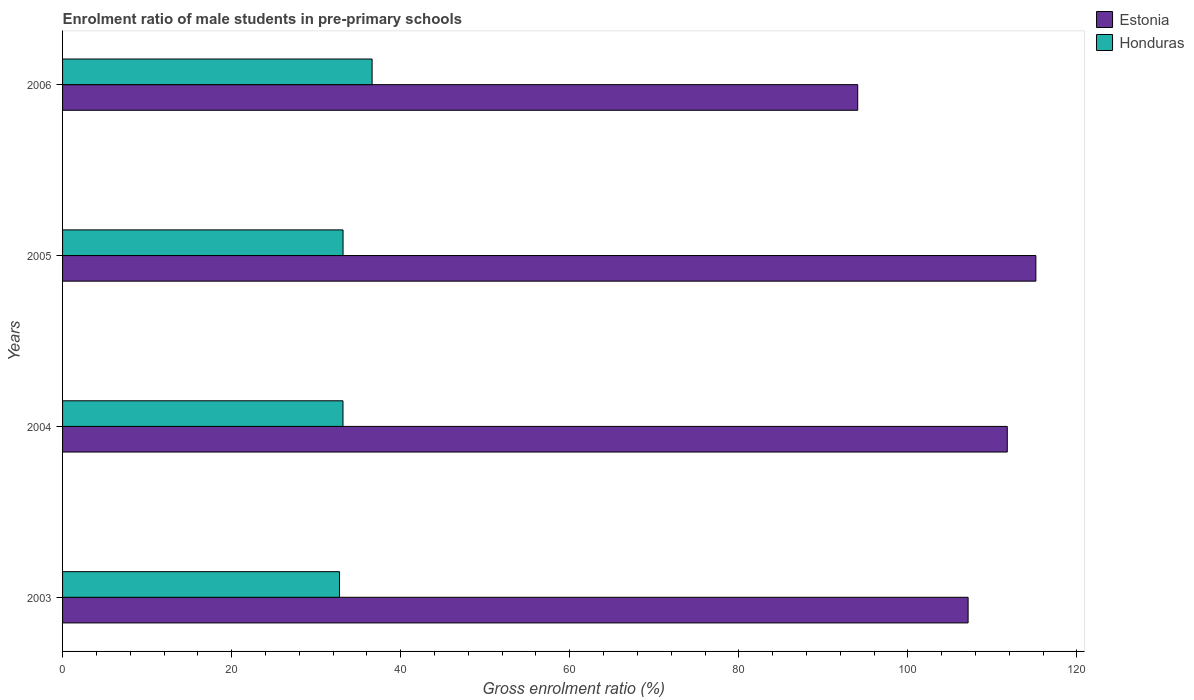
| Years | Estonia | Honduras |
 | --- | --- | --- |
 | 2003 | 107 | 32.8 |
 | 2004 | 112 | 33.2 |
 | 2005 | 115 | 33.2 |
 | 2006 | 94.1 | 36.6 |